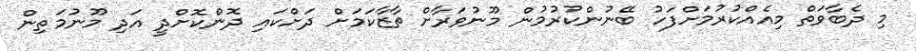
މި ދެބާވަތް މިއެއްކުރުމަށްފަހު ބޭނުންކުރުމުން މޫނުވަރާށް ތާޒާކަމަށް ދަށްކައި ދޮންކޮށްދީ އަދި މޫނުމަތިން